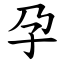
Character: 孕